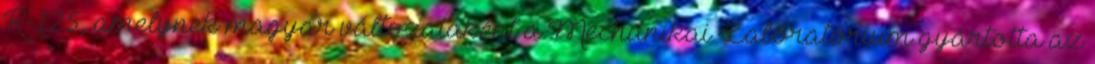
R-125, amelynek magyar változataként a Mechanikai Laboratórium gyártotta az